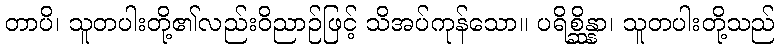
တာပိ၊ သူတပါးတို့၏လည်းဝိညာဉ်ဖြင့် သိအပ်ကုန်သော။ ပရိစ္ဆိန္နာ၊ သူတပါးတို့သည်